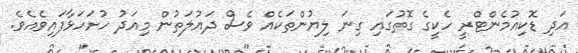
އަދި ޑޮކިއުމެންޓްރީ ހެކީގެ ގޮތުގައި ގިނަ ލިޔުންތަކެއް ވެސް ދައުލަތުން މިއަދު ހުށަހަޅާފައިވެއެވެ.